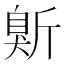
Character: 𱡭